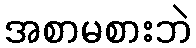
အစာမစားဘဲ